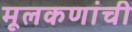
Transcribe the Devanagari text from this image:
मूलकणांची